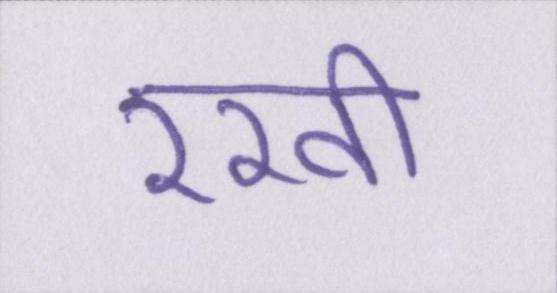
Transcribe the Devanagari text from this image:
रखी